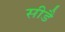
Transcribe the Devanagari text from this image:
सीडै